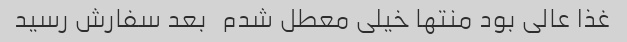
غذا عالی بود منتها خیلی معطل شدم   بعد سفارش رسید